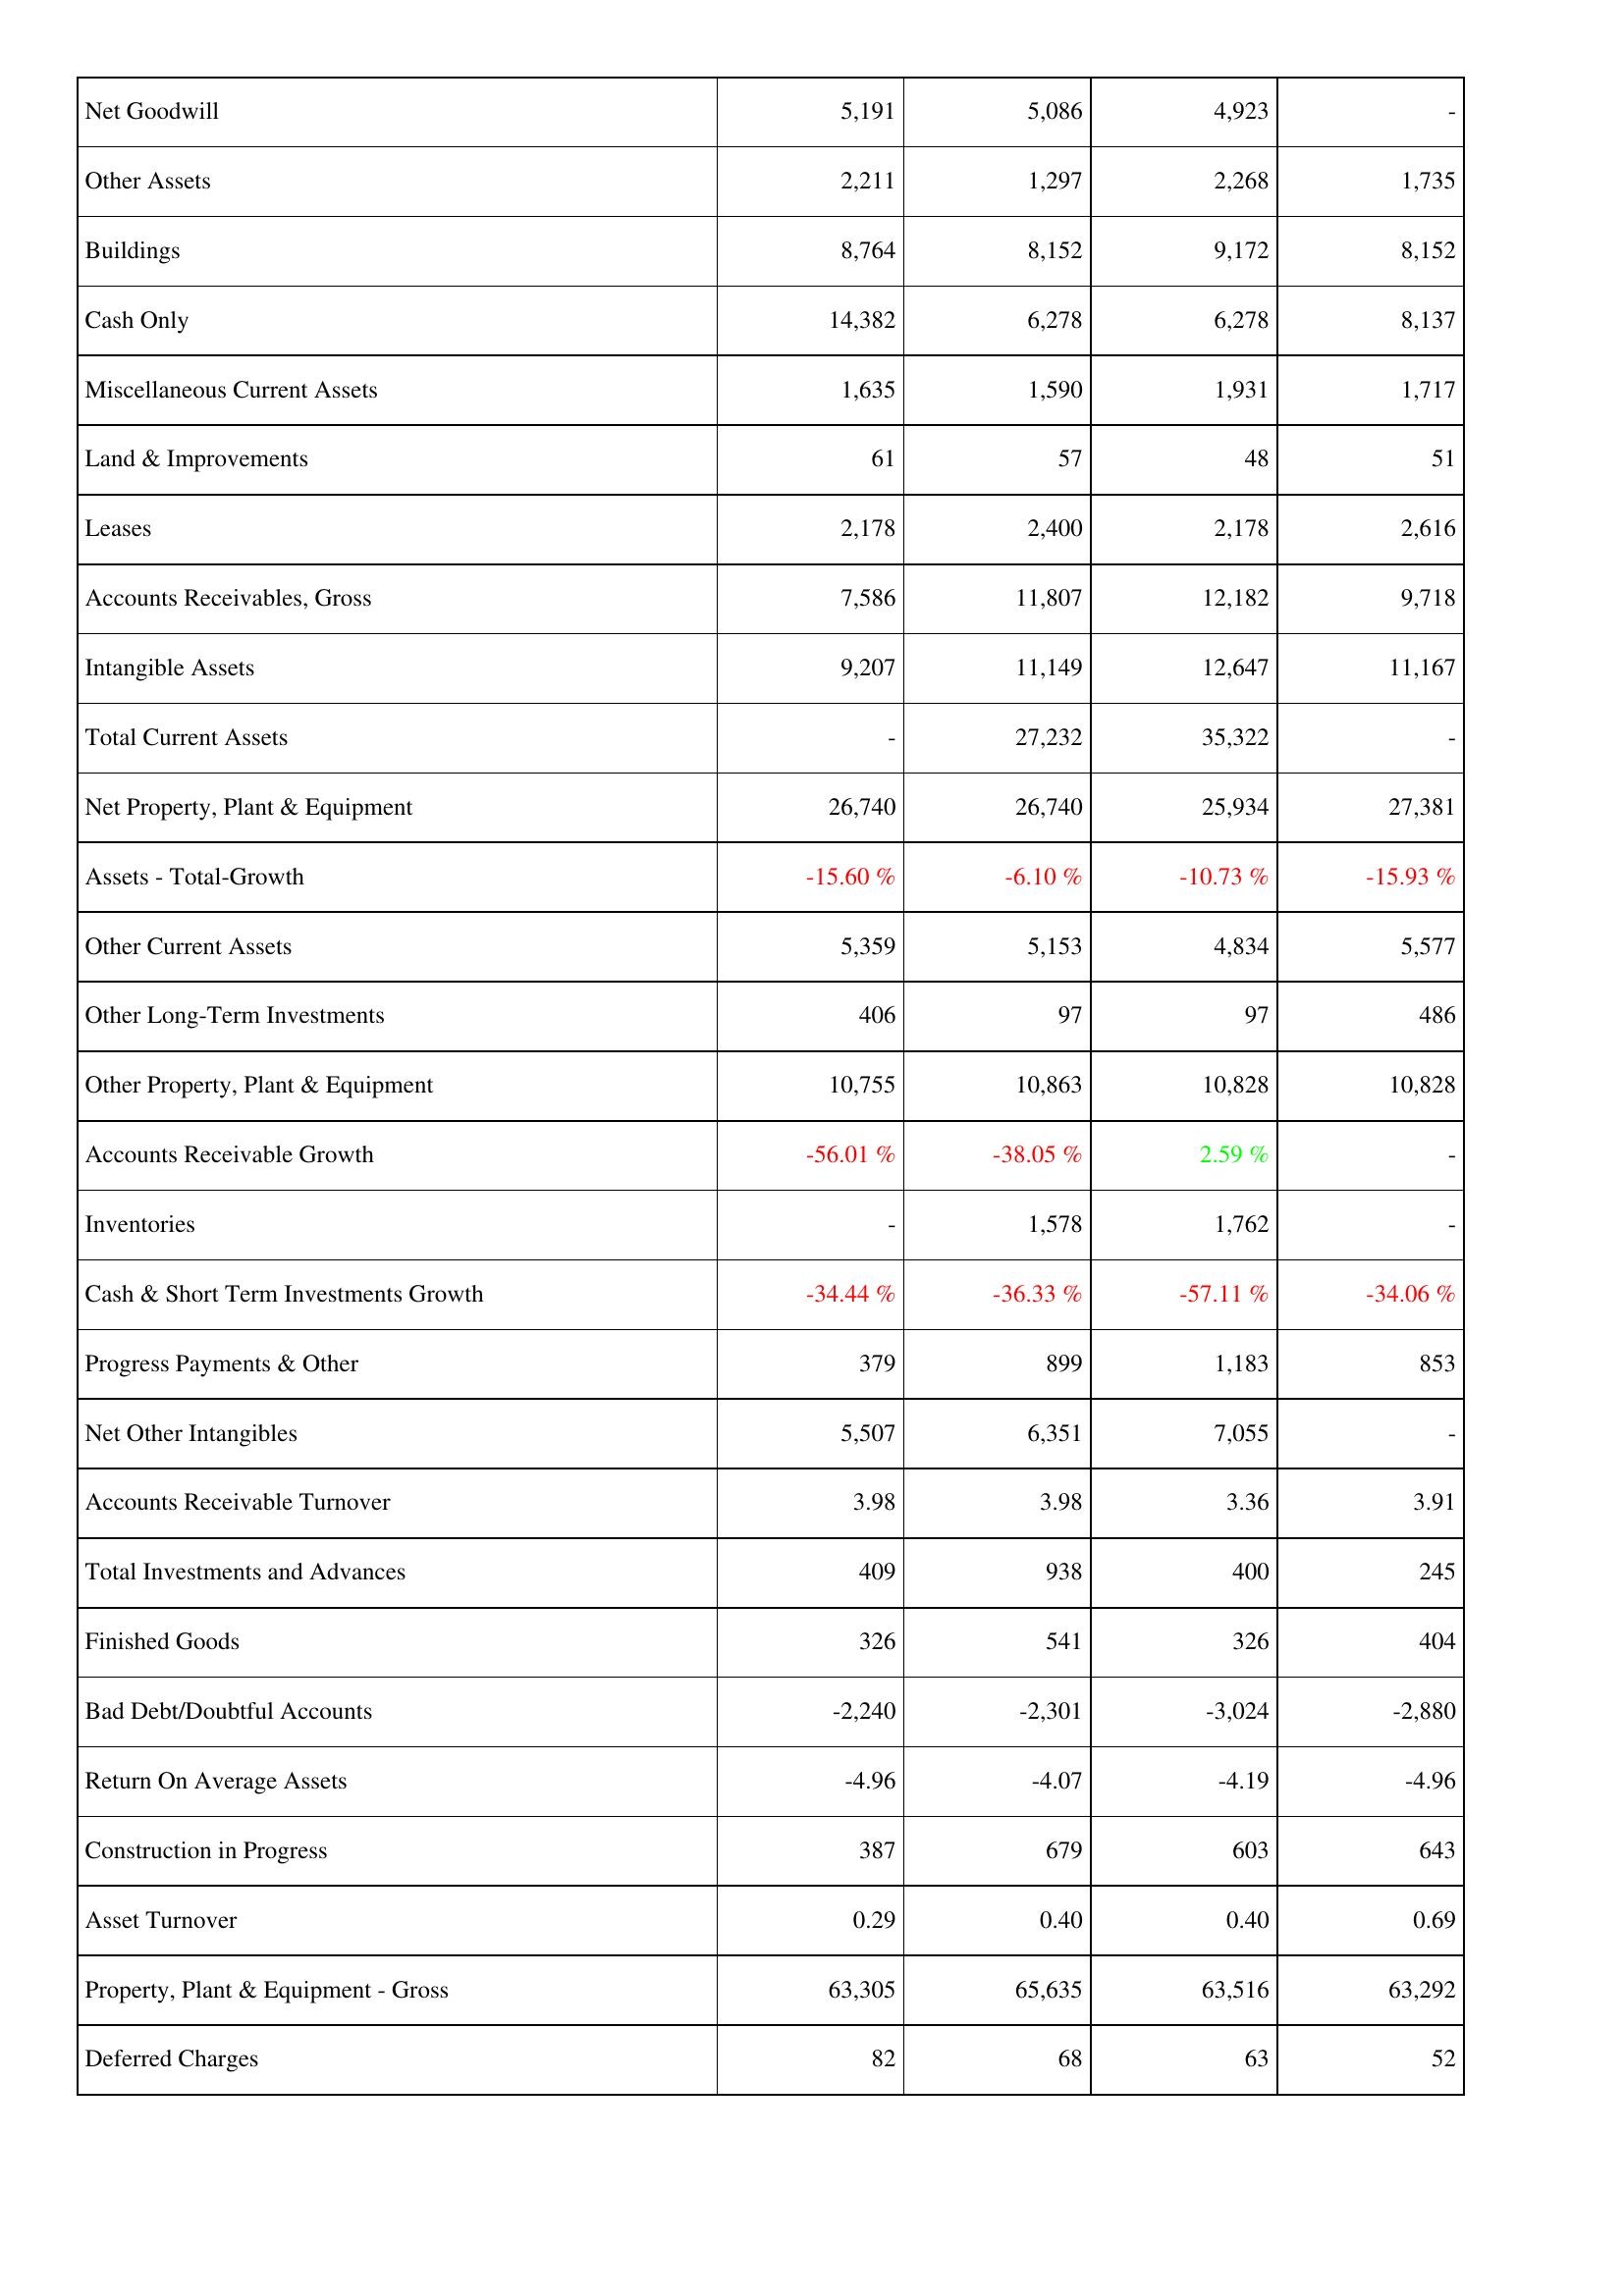
2006: Assets: Net Goodwill: 5,191
Other Assets: 2,211
Buildings: 8,764
Cash Only: 14,382
Miscellaneous Current Assets: 1,635
Land & Improvements: 61
Leases: 2,178
Accounts Receivables, Gross: 7,586
Intangible Assets: 9,207
Total Current Assets: -
Net Property, Plant & Equipment: 26,740
Assets - Total-Growth: -15.60 %
Other Current Assets: 5,359
Other Long-Term Investments: 406
Other Property, Plant & Equipment: 10,755
Accounts Receivable Growth: -56.01 %
Inventories: -
Cash & Short Term Investments Growth: -34.44 %
Progress Payments & Other: 379
Net Other Intangibles: 5,507
Accounts Receivable Turnover: 3.98
Total Investments and Advances: 409
Finished Goods: 326
Bad Debt/Doubtful Accounts: -2,240
Return On Average Assets: -4.96
Construction in Progress: 387
Asset Turnover: 0.29
Property, Plant & Equipment - Gross: 63,305
Deferred Charges: 82
2007: Assets: Net Goodwill: 5,086
Other Assets: 1,297
Buildings: 8,152
Cash Only: 6,278
Miscellaneous Current Assets: 1,590
Land & Improvements: 57
Leases: 2,400
Accounts Receivables, Gross: 11,807
Intangible Assets: 11,149
Total Current Assets: 27,232
Net Property, Plant & Equipment: 26,740
Assets - Total-Growth: -6.10 %
Other Current Assets: 5,153
Other Long-Term Investments: 97
Other Property, Plant & Equipment: 10,863
Accounts Receivable Growth: -38.05 %
Inventories: 1,578
Cash & Short Term Investments Growth: -36.33 %
Progress Payments & Other: 899
Net Other Intangibles: 6,351
Accounts Receivable Turnover: 3.98
Total Investments and Advances: 938
Finished Goods: 541
Bad Debt/Doubtful Accounts: -2,301
Return On Average Assets: -4.07
Construction in Progress: 679
Asset Turnover: 0.40
Property, Plant & Equipment - Gross: 65,635
Deferred Charges: 68
2008: Assets: Net Goodwill: 4,923
Other Assets: 2,268
Buildings: 9,172
Cash Only: 6,278
Miscellaneous Current Assets: 1,931
Land & Improvements: 48
Leases: 2,178
Accounts Receivables, Gross: 12,182
Intangible Assets: 12,647
Total Current Assets: 35,322
Net Property, Plant & Equipment: 25,934
Assets - Total-Growth: -10.73 %
Other Current Assets: 4,834
Other Long-Term Investments: 97
Other Property, Plant & Equipment: 10,828
Accounts Receivable Growth: 2.59 %
Inventories: 1,762
Cash & Short Term Investments Growth: -57.11 %
Progress Payments & Other: 1,183
Net Other Intangibles: 7,055
Accounts Receivable Turnover: 3.36
Total Investments and Advances: 400
Finished Goods: 326
Bad Debt/Doubtful Accounts: -3,024
Return On Average Assets: -4.19
Construction in Progress: 603
Asset Turnover: 0.40
Property, Plant & Equipment - Gross: 63,516
Deferred Charges: 63
2009: Assets: Net Goodwill: -
Other Assets: 1,735
Buildings: 8,152
Cash Only: 8,137
Miscellaneous Current Assets: 1,717
Land & Improvements: 51
Leases: 2,616
Accounts Receivables, Gross: 9,718
Intangible Assets: 11,167
Total Current Assets: -
Net Property, Plant & Equipment: 27,381
Assets - Total-Growth: -15.93 %
Other Current Assets: 5,577
Other Long-Term Investments: 486
Other Property, Plant & Equipment: 10,828
Accounts Receivable Growth: -
Inventories: -
Cash & Short Term Investments Growth: -34.06 %
Progress Payments & Other: 853
Net Other Intangibles: -
Accounts Receivable Turnover: 3.91
Total Investments and Advances: 245
Finished Goods: 404
Bad Debt/Doubtful Accounts: -2,880
Return On Average Assets: -4.96
Construction in Progress: 643
Asset Turnover: 0.69
Property, Plant & Equipment - Gross: 63,292
Deferred Charges: 52